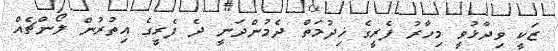
ޒަކީ ވިދާޅުވީ މިހާރު ފެރީގެ ޚިދުމަތް ދެމުންދަނީ ދެ ފެރީގެ އިތުރުން ލޯންޗެއް